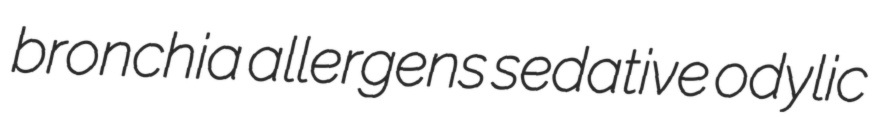
bronchia allergens sedative odylic